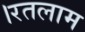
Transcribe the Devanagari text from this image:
।रतलाम